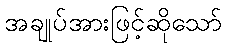
အချုပ်အားဖြင့်ဆိုသော်